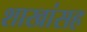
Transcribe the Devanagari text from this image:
शाखांसह